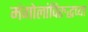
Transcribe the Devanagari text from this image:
मंगोलांविरुद्धच्या